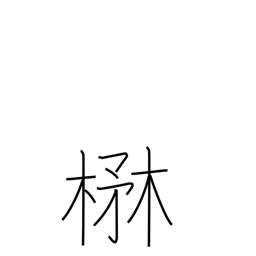
Meaning: lush